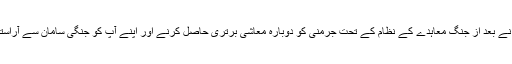
اس وجہ سے فرانسیسوں نے بعد از جنگ معاہدے کے نظام کے تحت جرمنی کو دوبارہ معاشی برتری حاصل کرنے اور اپنے آپ کو جنگی سامان سے آراستہ کرنے سے روکنا چاہا۔